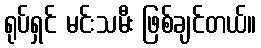
ရုပ်ရှင် မင်းသမီး ဖြစ်ချင်တယ်။